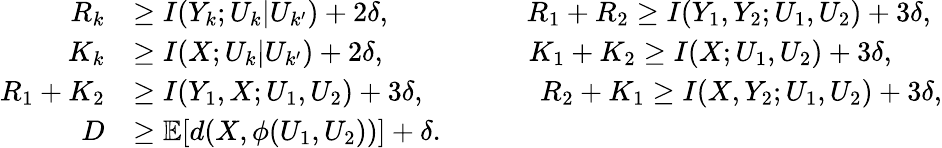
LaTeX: \begin{array}{rl}{R_{k}}&{\ge I(Y_{k};U_{k}|U_{k^{\prime}})+2\delta,~~~~~~~~~~~~~~~~~~~R_{1}+R_{2}\ge I(Y_{1},Y_{2};U_{1},U_{2})+3\delta,}\\ {K_{k}}&{\ge I(X;U_{k}|U_{k^{\prime}})+2\delta,~~~~~~~~~~~~~~~~~~~~K_{1}+K_{2}\ge I(X;U_{1},U_{2})+3\delta,}\\ {R_{1}+K_{2}}&{\ge I(Y_{1},X;U_{1},U_{2})+3\delta,~~~~~~~~~~~~~~~~R_{2}+K_{1}\ge I(X,Y_{2};U_{1},U_{2})+3\delta,}\\ {D}&{\ge\mathbb{E}[d(X,\phi(U_{1},U_{2}))]+\delta.}\end{array}